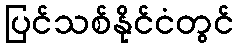
ပြင်သစ်နိုင်ငံတွင်